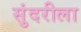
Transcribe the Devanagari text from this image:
सुंदरीला